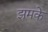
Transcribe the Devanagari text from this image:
झूमके